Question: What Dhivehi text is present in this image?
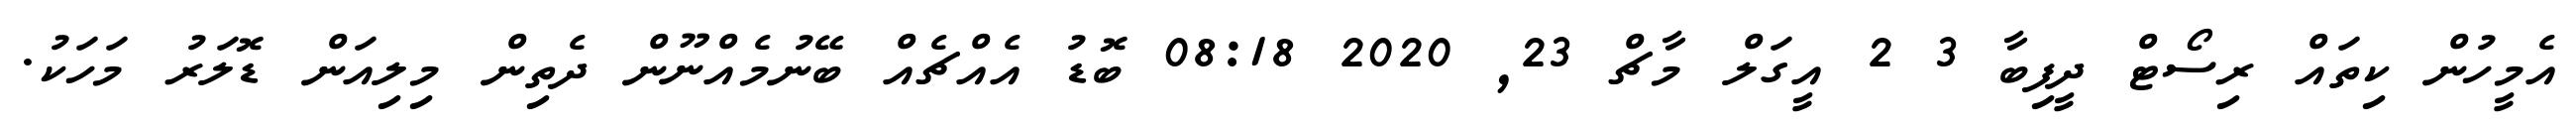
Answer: އެމީހުން ކިތައް ރިސޯޓް ދީފިބާ 3 2 އީގަލް މާޗް 23, 2020 08:18 ބޮޑު އެއްޗެއް ބޭނުމެއްނޫން ދެތިން މިލިއަން ޑޮލަރު މަހަކު.